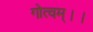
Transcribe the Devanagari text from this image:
गोत्वम्।।